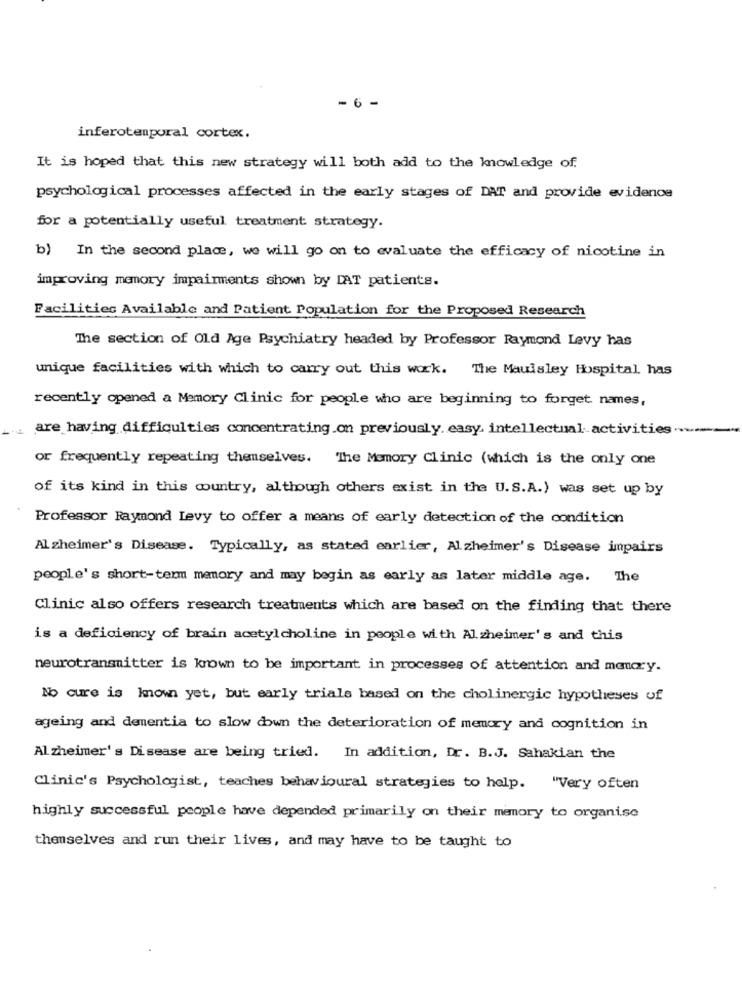
- 6 -
inferotemporal cortex.
It is hoped that this new strategy will both add to the knowledge of.
psychological processes affected in the early stages of DAT and provide evidence
for a potentially useful treatment strategy.
b) In the second place, we will go on to evaluate the efficacy of nicotine in
improving memory impairments shown by IAT patients.
Facilities Available and Patient Population for the Proposed Research
The section of Old Age Psychiatry headed by Professor Raymond Levy has
unique facilities with which to carry out this work. The Maulsley Hospital has
recently opened a Memory Clinic for people who are beginning to forget names,
are having difficulties concentrating on previously. easy. intellectual activities
or frequently repeating themselves. The Memory Clinic (which is the only one
of its kind in this country, although others exist in the U.S.A.) was set up by
Professor Raymond Levy to offer a means of early detection of the condition
Alzheimer's Disease. Typically, as stated earlier, Alzheimer's Disease impairs
people's short-term memory and may begin as early as later middle age. The
Clinic also offers research treatments which are based on the finding that there
is a deficiency of brain acetylcholine in people with Alzheimer's and this
neurotransmitter is known to be important in processes of attention and memory.
No cure is known yet, but early trials based on the cholinergic hypotheses of
ageing and dementia to slow down the deterioration of memory and cognition in
Alzheimer's Disease are being tried. In addition, Dr. B.J. Sahakian the
Clinic's Psychologist, teaches behavioural strategies to help. "Very often
highly successful people have depended primarily on their memory to organise
themselves and run their lives, and may have to be taught to